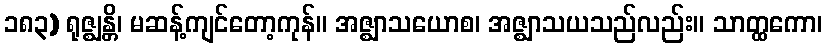
၁၈၃) ရုဇ္ဈန္တိ၊ မဆန့်ကျင်တော့ကုန်။ အဇ္ဈာသယောစ၊ အဇ္ဈာသယသည်လည်း။ သာတ္ထကော၊